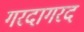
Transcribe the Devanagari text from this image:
गरदागरद